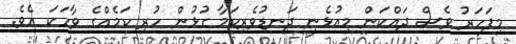
މިފަހަރު ވެސް ދައްކަން މިއުޅެނީ ދަނޑުވެރިކަމާ ގުޅުން ހުރި ކަމެއްގެ ވާހަކަ އެވެ.